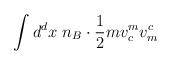
LaTeX: \begin{align*}\int d^d x~n_B \cdot \frac{1}{2} mv_c^m v_m^c\end{align*}